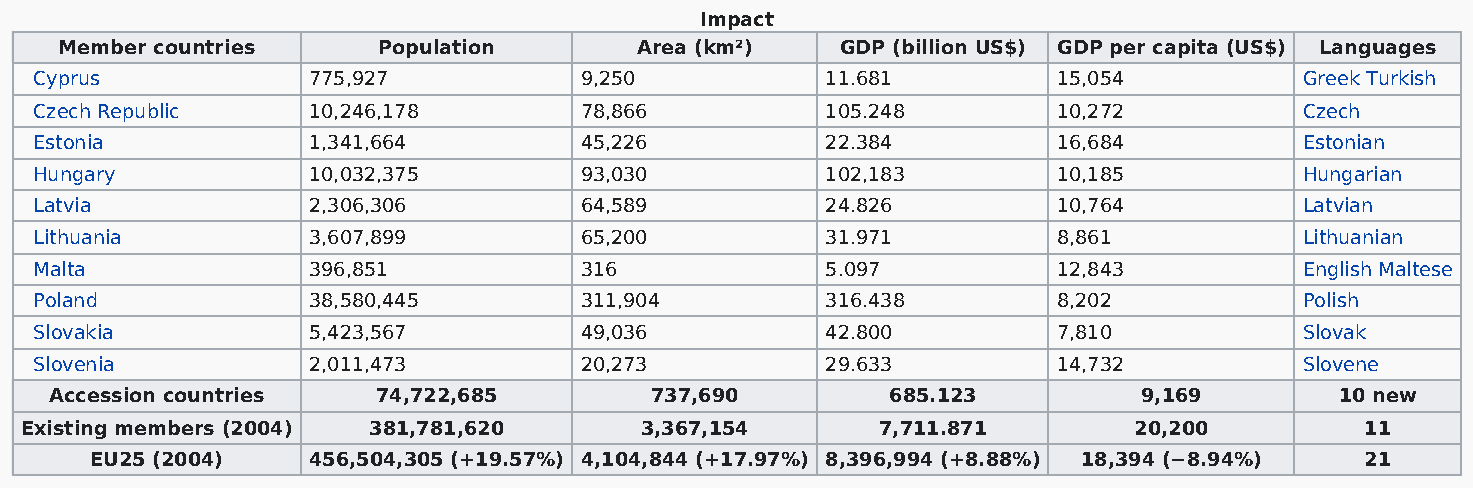
Impact
 Member countries     Population       Area (km²)    GDP (billion US$) GDP per capita (US$) Languages
 Cyprus            775,927           9,250            11.681         15,054          Greek Turkish
 Czech Republic    10,246,178        78,866           105.248        10,272          Czech
 Estonia           1,341,664         45,226           22.384         16,684          Estonian
 Hungary           10,032,375        93,030           102,183        10,185          Hungarian
 Latvia            2,306,306         64,589           24.826         10,764          Latvian
 Lithuania         3,607,899         65,200           31.971         8,861           Lithuanian
 Malta             396,851           316              5.097          12,843          English Maltese
 Poland            38,580,445        311,904          316.438        8,202           Polish
 Slovakia          5,423,567         49,036           42.800         7,810           Slovak
 Slovenia          2,011,473         20,273           29.633         14,732          Slovene
 Accession countries   74,722,685        737,690         685.123          9,169        10 new
 Existing members (2004) 381,781,620      3,367,154       7,711.871        20,200         11
 EU25 (2004)   456,504,305 (+19.57%) 4,104,844 (+17.97%) 8,396,994 (+8.88%) 18,394 (−8.94%) 21